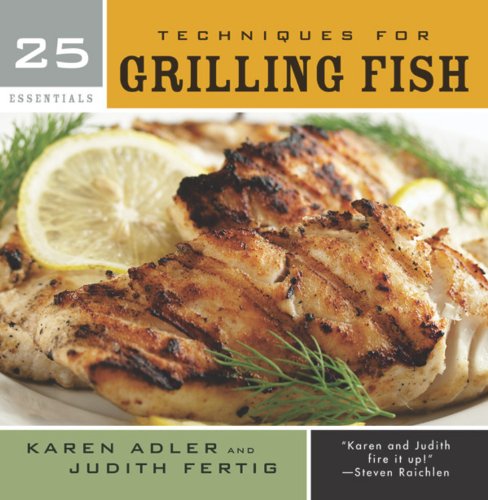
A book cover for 25 Essentials: Techniques for Grilling Fish; Karen Adler; Cookbooks, Food & Wine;